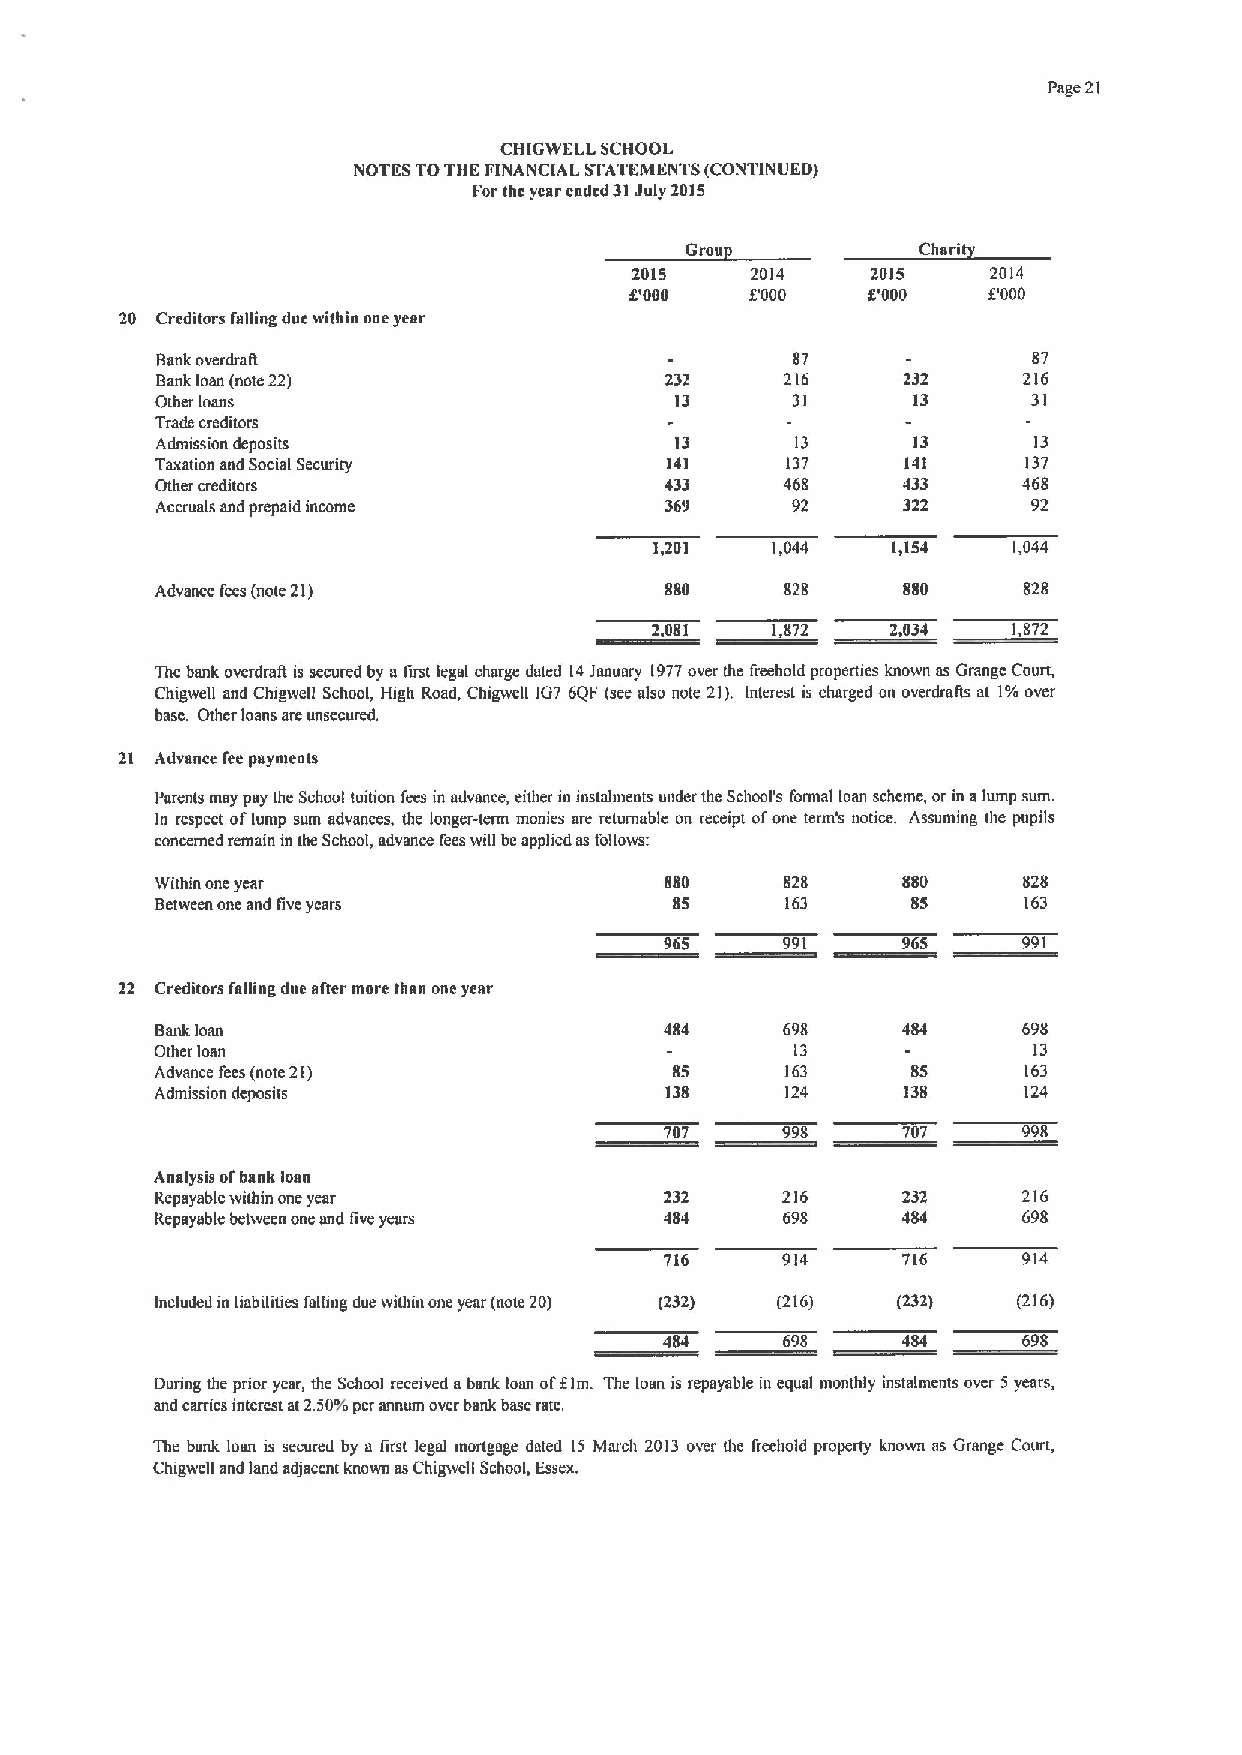
Page 21
 CHIGWELL SCHOOL
 NOTES TOTHE FINANCIAL STATEMENTS (CONTINUED)
 Forthe year ended 31July 2015
 Grou            Chsrit
 2015    2014    2015    2014
 f'000   f'000  f'000   f'000
 20 Creditors I'ailing due within one year
 Bank overdra0                             87              87
 Bank loan (note 22)               232     216     232     216
 Other loans                        13     31      13      31
 Trade creditors
 Admission deposits                 13      13     13      13
 Taxation and Social Security      141     137     141     137
 Other creditors                   433     468     433     468
 Accruals and prepaid income       369     92      322     92
 1,201   1,044   1,154   1,044
 Advance fees (note 21)            BSS     828     880     828
 2,081   1,872   2,034   1,872
 The bank overdrag is secured by a first legal charge dated 14Ianuary 1977over the freehold properties known as Grange Court,
 Chigwell and Chigwell School, High Road, Chigwell IG7 6QF (see also note 21). Interest is charged on overdrags at 1%over
 base. Other loans are unsecured.
 21 Advance fee payments
 Parents may psy the School tuition fees in advance, either in instalments under the School's formal loan scheme, orin alump sum.
 In respect oflump sum advances, the longer-tenn monies are returnable on receipt ofone term's notice. Assuming the pupils
 concerned remain in the School, advance fees will beopplied as follows:
 Within one year                   8$0     828     880     828
 Between one and five years         $5     163     $5      163
 965     991     965     991
 22 Creditors falling due after more than one year
 Bank loan                         4$4     698     4$4     698
 Other loan                                 13             13
 Advance fees (note 21)             85     163     $5      163
 Admission deposits                138     124     138     124
 firn.
 707     998     707     998
 Analysis ofbank loan
 Repayable within one year         232     216     232     216
 Repayable between one and five years 4$4  698     484     698
 716     914     716     914
 Included in liabilities fallmg due within one year (note 20) (232) (216) (232) (216)
 698     484     698
 During the prior year, the School received abank loan of The loan is repayable in equal monthly instalments over 5years,
 and carries interest at2.50'Yoper annum over bank base rate.
 The bank loan is secured by a iirst legal mortgage dated 15 March 2013 over the freehold property known as Grange Court,
 Chigwell and land adjacent known asChigwell School, Essex.